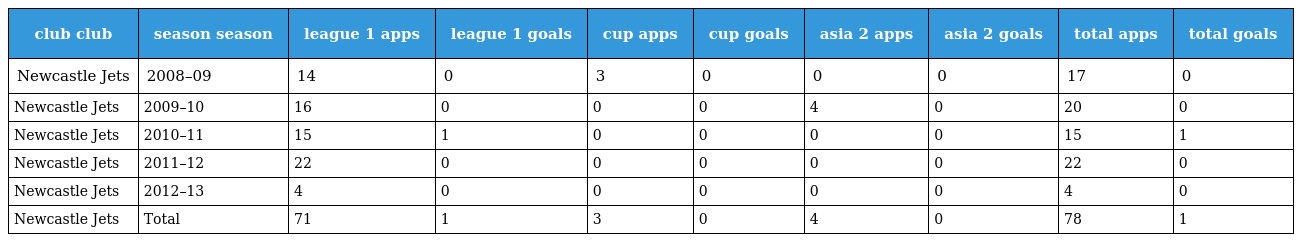
| club club | season season | league 1 apps | league 1 goals | cup apps | cup goals | asia 2 apps | asia 2 goals | total apps | total goals |
 | --- | --- | --- | --- | --- | --- | --- | --- | --- | --- |
 | Newcastle Jets | 2008–09 | 14 | 0 | 3 | 0 | 0 | 0 | 17 | 0 |
 | Newcastle Jets | 2009–10 | 16 | 0 | 0 | 0 | 4 | 0 | 20 | 0 |
 | Newcastle Jets | 2010–11 | 15 | 1 | 0 | 0 | 0 | 0 | 15 | 1 |
 | Newcastle Jets | 2011–12 | 22 | 0 | 0 | 0 | 0 | 0 | 22 | 0 |
 | Newcastle Jets | 2012–13 | 4 | 0 | 0 | 0 | 0 | 0 | 4 | 0 |
 | Newcastle Jets | Total | 71 | 1 | 3 | 0 | 4 | 0 | 78 | 1 |